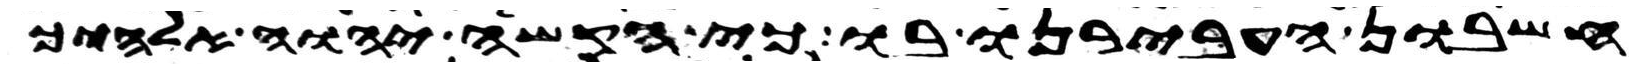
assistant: חשבון העבירנו בו כי הקשה יהוה אלהיך